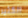
الكثير